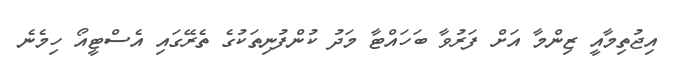
އިޖުތިމާއީ ޒިންމާ އަށް ފަރުވާ ބަހައްޓާ މަދު ކުންފުނިތަކުގެ ތެރޭގައި އެސްޓީއޯ ހިމެނެ